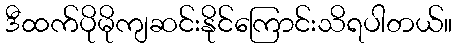
ဒီထက်ပိုမိုကျဆင်းနိုင်ကြောင်းသိရပါတယ်။